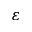
\varepsilon